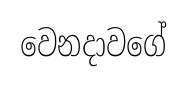
වෙනදාවගේ